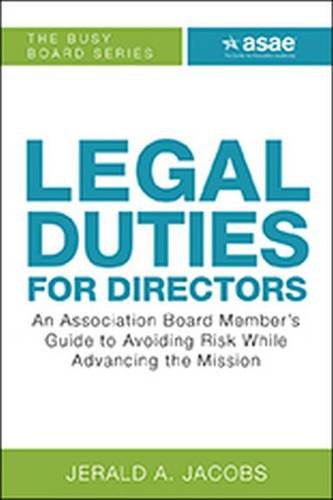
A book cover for Legal Duties for Directors: An Association Board Member's Guide to Avoiding Risk While Advancing the Mission; Jerald A. Jacobs; Law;